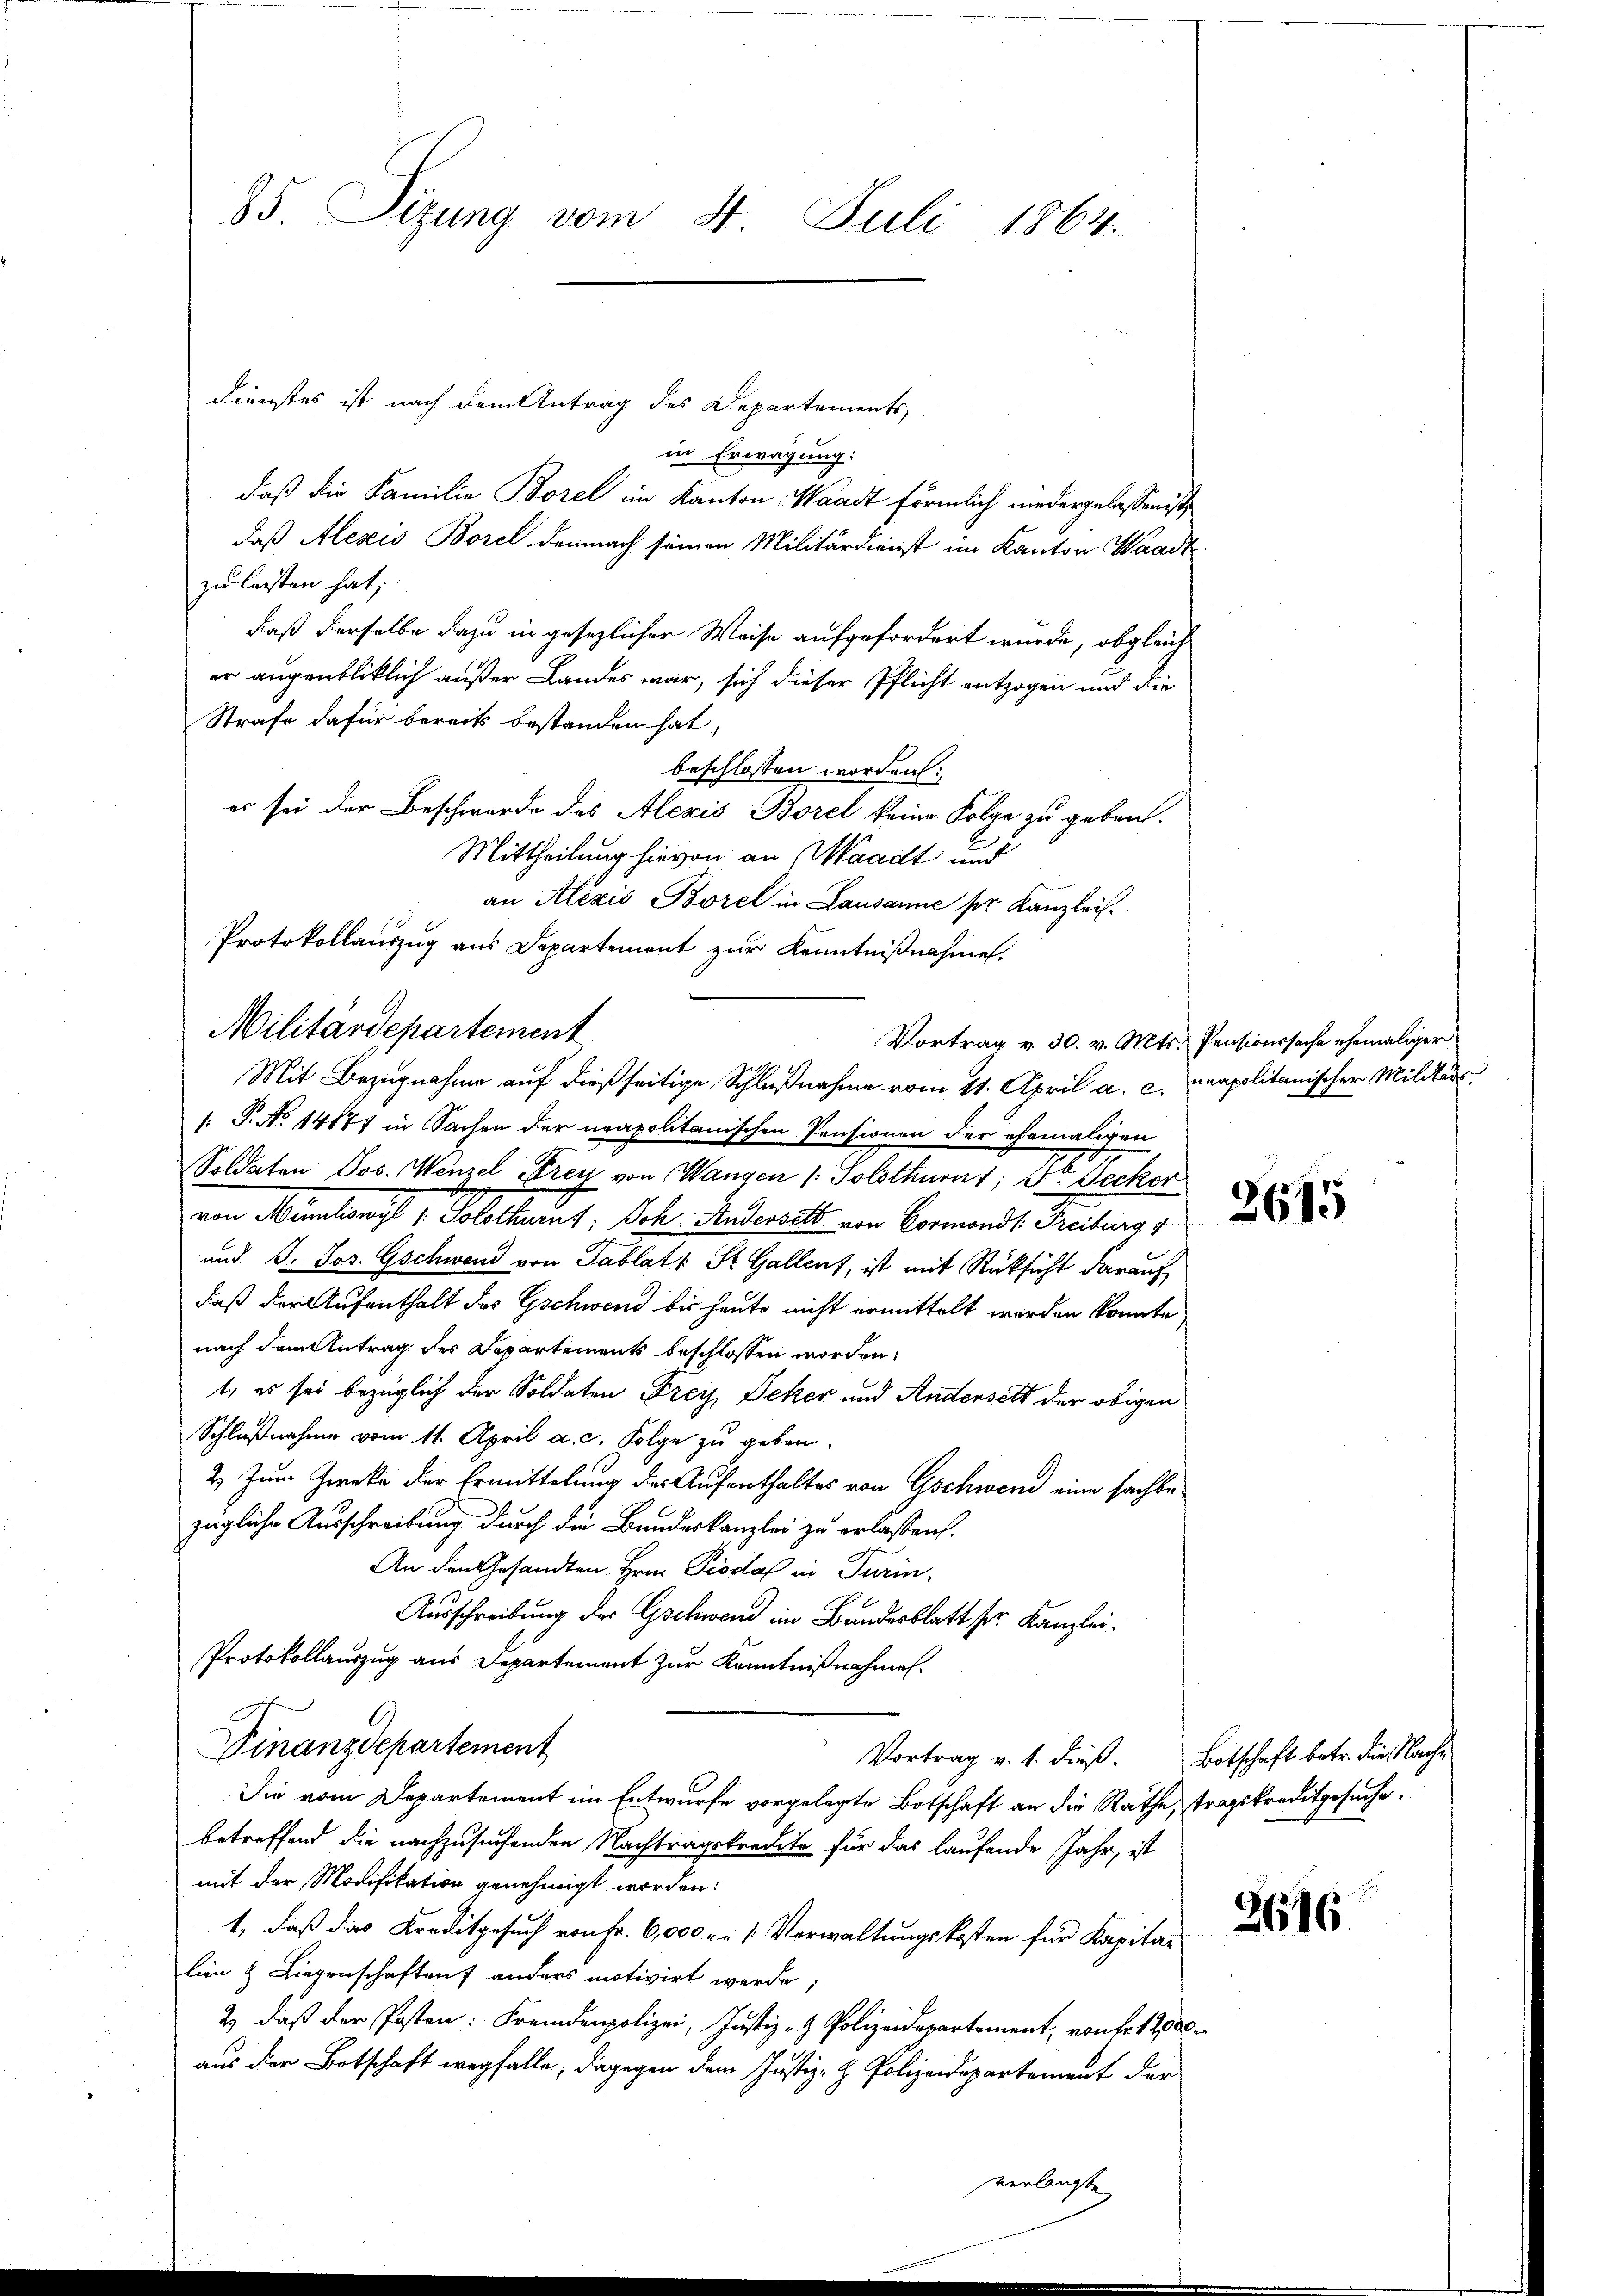
Dienstes ist nach dem Antrag des Departements,
in Erwägung:
daß die Familie Borel im Kanton Waadt förmlich niedergelassen ist
daß Alesis Borel demnach seinen Militärdienst im Kanton Waadt
zu leisten hat;
daß derselbe dazu in gesezlicher Weise aufgefordert wurde, obgleich
er augenblicklich außer Landes war, sich dieser Pflicht entzogen und die
Strafe dafür bereits bestanden hat,
beschlossen worden:
es sei der Beschwerde des Alexis Borel keine Folge zu geben.
Mittheilung hievon an (Waadt und
an Alexis Borel in Lausanne per Kanzlei.
Protokollauszug aus Departement zur Kenntnißnahmen.
Militärdepartement
Mit Bezugnahme auf dießseitige Schlußnahme vom 11. April a. c. neapolitanischer Militär
/: P. No 14177 in Sachen der neapolitanischen Pensionen der ehemaligen
Soldaten Jos. Wenzel Streu von Wangen ( Solothurn 1; Dr. Decker
von Muntanis v. Solothurns: Joh. Andereits von Vormands, Freitung,
und J. Jos. Gschwend von Tablatt St. Gallent, ist mit Rücksicht darauf
daß der Aufenthalt des Gschwend bis heute nicht ermittelt werden könnte
nach dem Antrag des Departements beschlossen worden,
t, es sei bezüglich der Soldaten Frei Jeker und Andersetz der obigen
Schlußnahme vom 11. April a. c. Folge zu geben.
2. Zum Zwecke der Ermittelung der Aufenthaltes von Gschwerd eine sachbe
zügliche Ausschreibung durch die Bundeskanzlei zu erlassen.
An den Gesandten Hrn. Piodal in Turin,
Ausschreibung der Gschwend im Bundesblatt ser Kanzlei¬
Protokollauszug aus Departement zur Kenntnißnahmen.
Finanzdepartement
Vortrag v. 1. dieß. Botschaft betr. die Nachs
Die vom Departement im Entwurfe vorgelegte Botschaft an die Rathe, tragskreditgesuche.
betreffend die nachzusuchenden Nachtragskredite für das laufende Jahr, ist
mit der Modifikation genehmigt worden:
1, daß das Kreditgesuch von Fr. 6,000 r. Verwaltungskosten für Kapita-
lin & Liegenschaften anders motivirt werde;
2) daß der Posten: Frepolizei, Justiz- & Polizeidepartement, von fr. 1200
aus der Botschaft wegfalle; dagegen dem Justiz- & Polizeidepartement der

85. Sizung vom 4. Juli 1864.

elangte

Vortrag v. 30. v. Mts. Pensionssache ehemaliger

2615

2616.